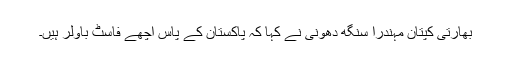
بھارتی کپتان مہندرا سنگھ دھونی نے کہا کہ پاکستان کے پاس اچھے فاسٹ باولر ہیں۔